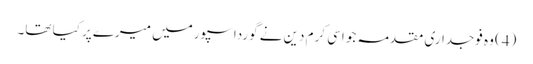
(4) وہ فوجداری مقدمہ جو اسی کرم دین نے گورداسپورمیں میرے پر کیا تھا۔